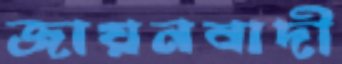
জায়নবাদী